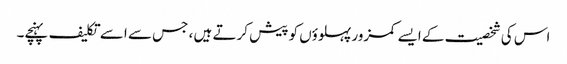
اس کی شخصیت کے ایسے کمزور پہلوؤں کو پیش کرتے ہیں ، جس سے اسے تکلیف پہنچے۔